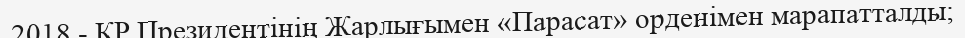
2018 - ҚР Президентінің Жарлығымен «Парасат» орденімен марапатталды;